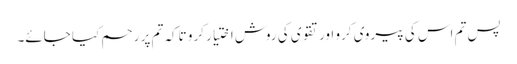
پس تم اس کی پیروی کرو اور تقوی کی روش اختیار کرو تاکہ تم پر رحم کیا جائے۔